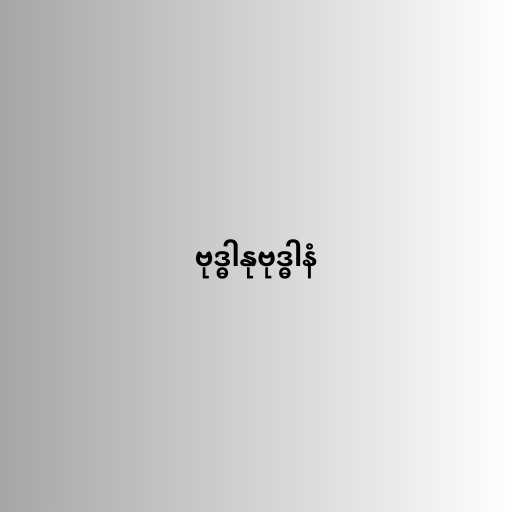
ဗုဒ္ဓါနုဗုဒ္ဓါနံ